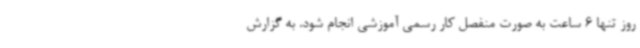
روز تنها 6 ساعت به صورت منفصل کار رسمی آموزشی انجام شود. به گزارش